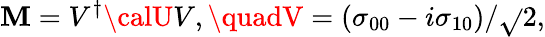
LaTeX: {\cal\mathbf{M}}=V^{\dagger}{\calU}V,\quadV=(\sigma_{00}-i\sigma_{10})/\sqrt{}{{2}},